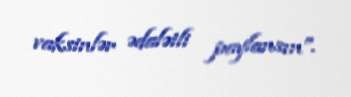
vaksinlər ədalətli paylansın”.